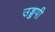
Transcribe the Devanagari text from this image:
उड्डपी